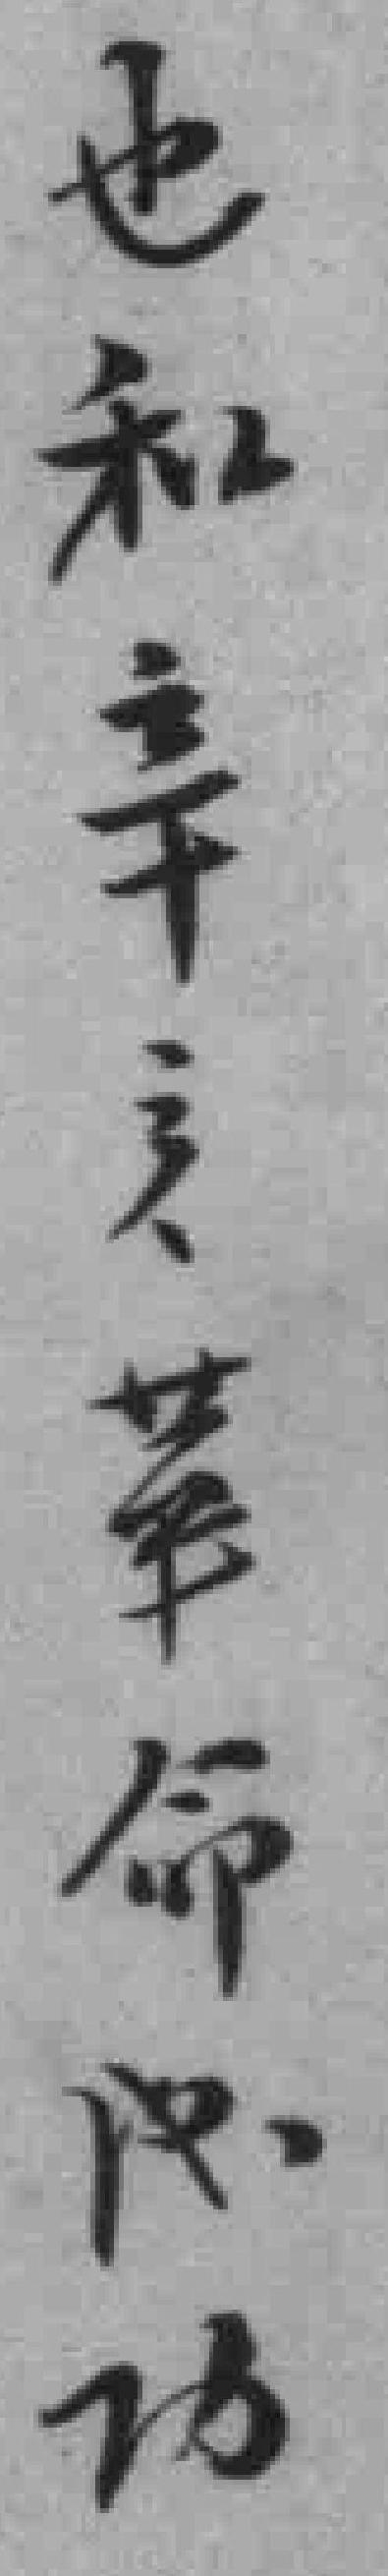
也和辛亥革命成功